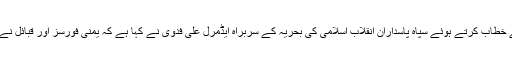
مہر خبررساں ایجنسی کی رپورٹ کے مطابق شہدائے عرفہ کی یاد میں ایکتقریب سے خطاب کرتے ہوئے سپاہ پاسداران انقلاب اسلامی کی بحریہ کے سربراہ ایڈمرل علی فدوی نے کہا ہے کہ یمنی فورسز اور قبائل نے سعودی عرب کی گذشتہ 10 ماہ میں 800 ملین ڈالر کی 9 جنگی کشتیاں تباہ کی ہیں۔